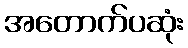
အတောက်ပဆုံး